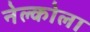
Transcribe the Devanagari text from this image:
नेल्कोला